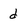
Character: d